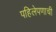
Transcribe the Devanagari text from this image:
पहिलेपणाची